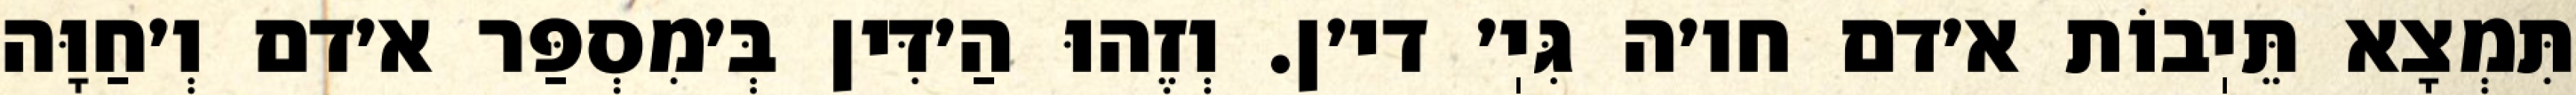
תִּמְצָא תֵּיֽבוֹת א׳דם חו׳ה גִּיֽ׳ די׳ן. וְזֶהוּ הַ׳דִּין בְּ׳מִסְפַּר א׳דם וְ׳חַוָּה